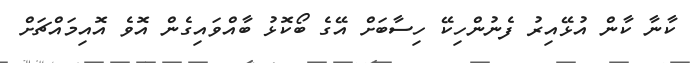
ކާނާ ކާން އުޅޭއިރު ފެނުންހިކޭ ހިސާބަށް އޭގެ ބޯކޮޅު ބާއްވައިގެން އޮވެ އޮއިމައްޗަށް